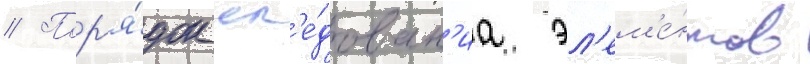
// Пор'я́док сл'е́дован'иа эл'ем'е́нтов